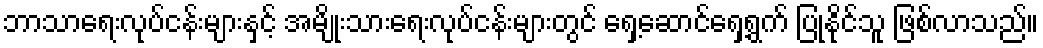
ဘာသာရေးလုပ်ငန်းများနှင့် အမျိုးသားရေးလုပ်ငန်းများတွင် ရှေ့ဆောင်ရှေ့ရွက် ပြုနိုင်သူ ဖြစ်လာသည်။